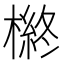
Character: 𱤎